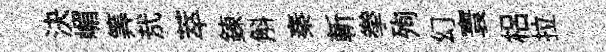
決嵋筭㢤萃錬斛秦斬拳殉幻寰梠拉